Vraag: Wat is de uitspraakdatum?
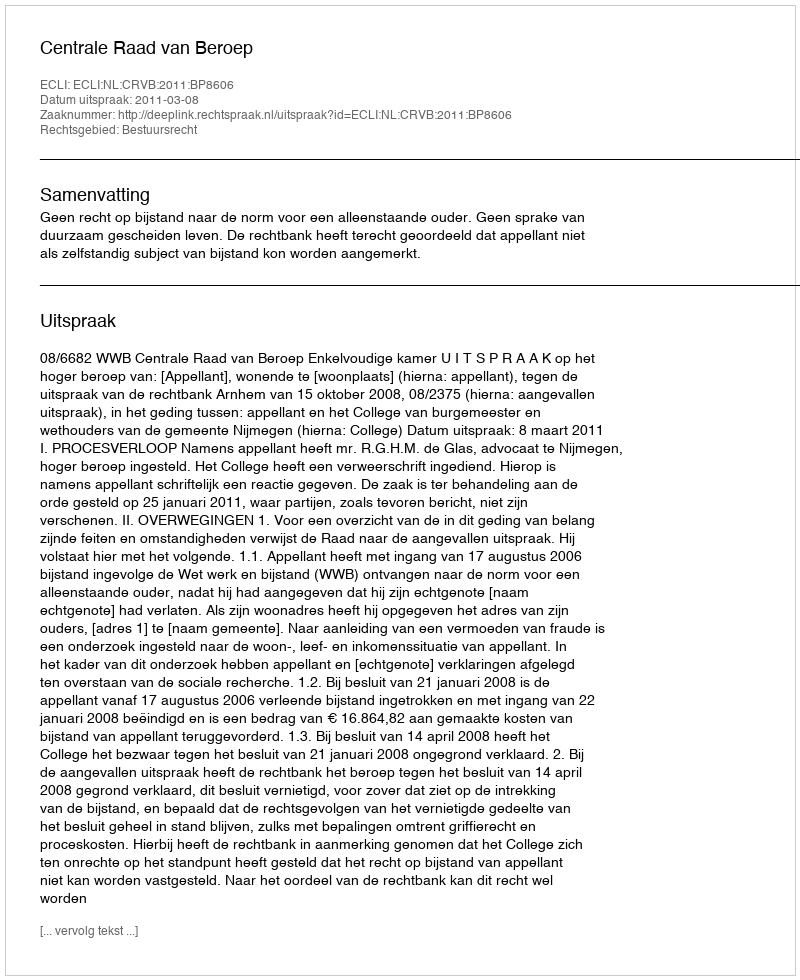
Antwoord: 2011-03-08